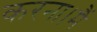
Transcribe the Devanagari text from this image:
करना।मैं